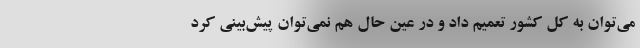
می‌توان به کل کشور تعمیم داد و در عین حال هم نمی‌توان پیش‌بینی کرد